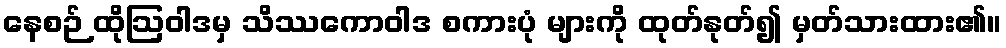
နေစဉ် ထိုဩဝါဒမှ သိဿကောဝါဒ စကားပုံ များကို ထုတ်နုတ်၍ မှတ်သားထား၏။